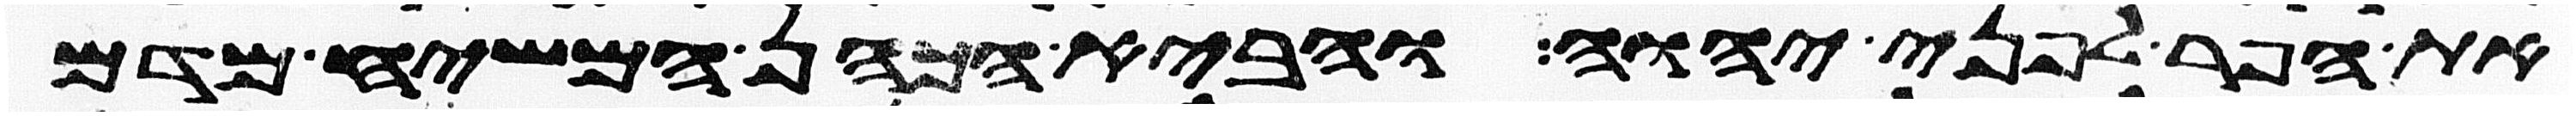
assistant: את הפר לפני יהוה והביא הכהן המשיח מדם